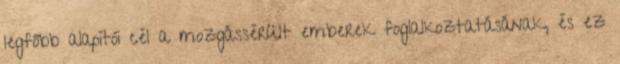
legfőbb alapítói cél a mozgássérült emberek foglalkoztatásának, és ez